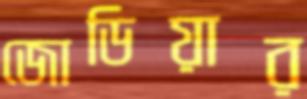
জোডিয়ার